38_143685_box_Incident_Summaries_101-172
Agency: Department of War
Page 143
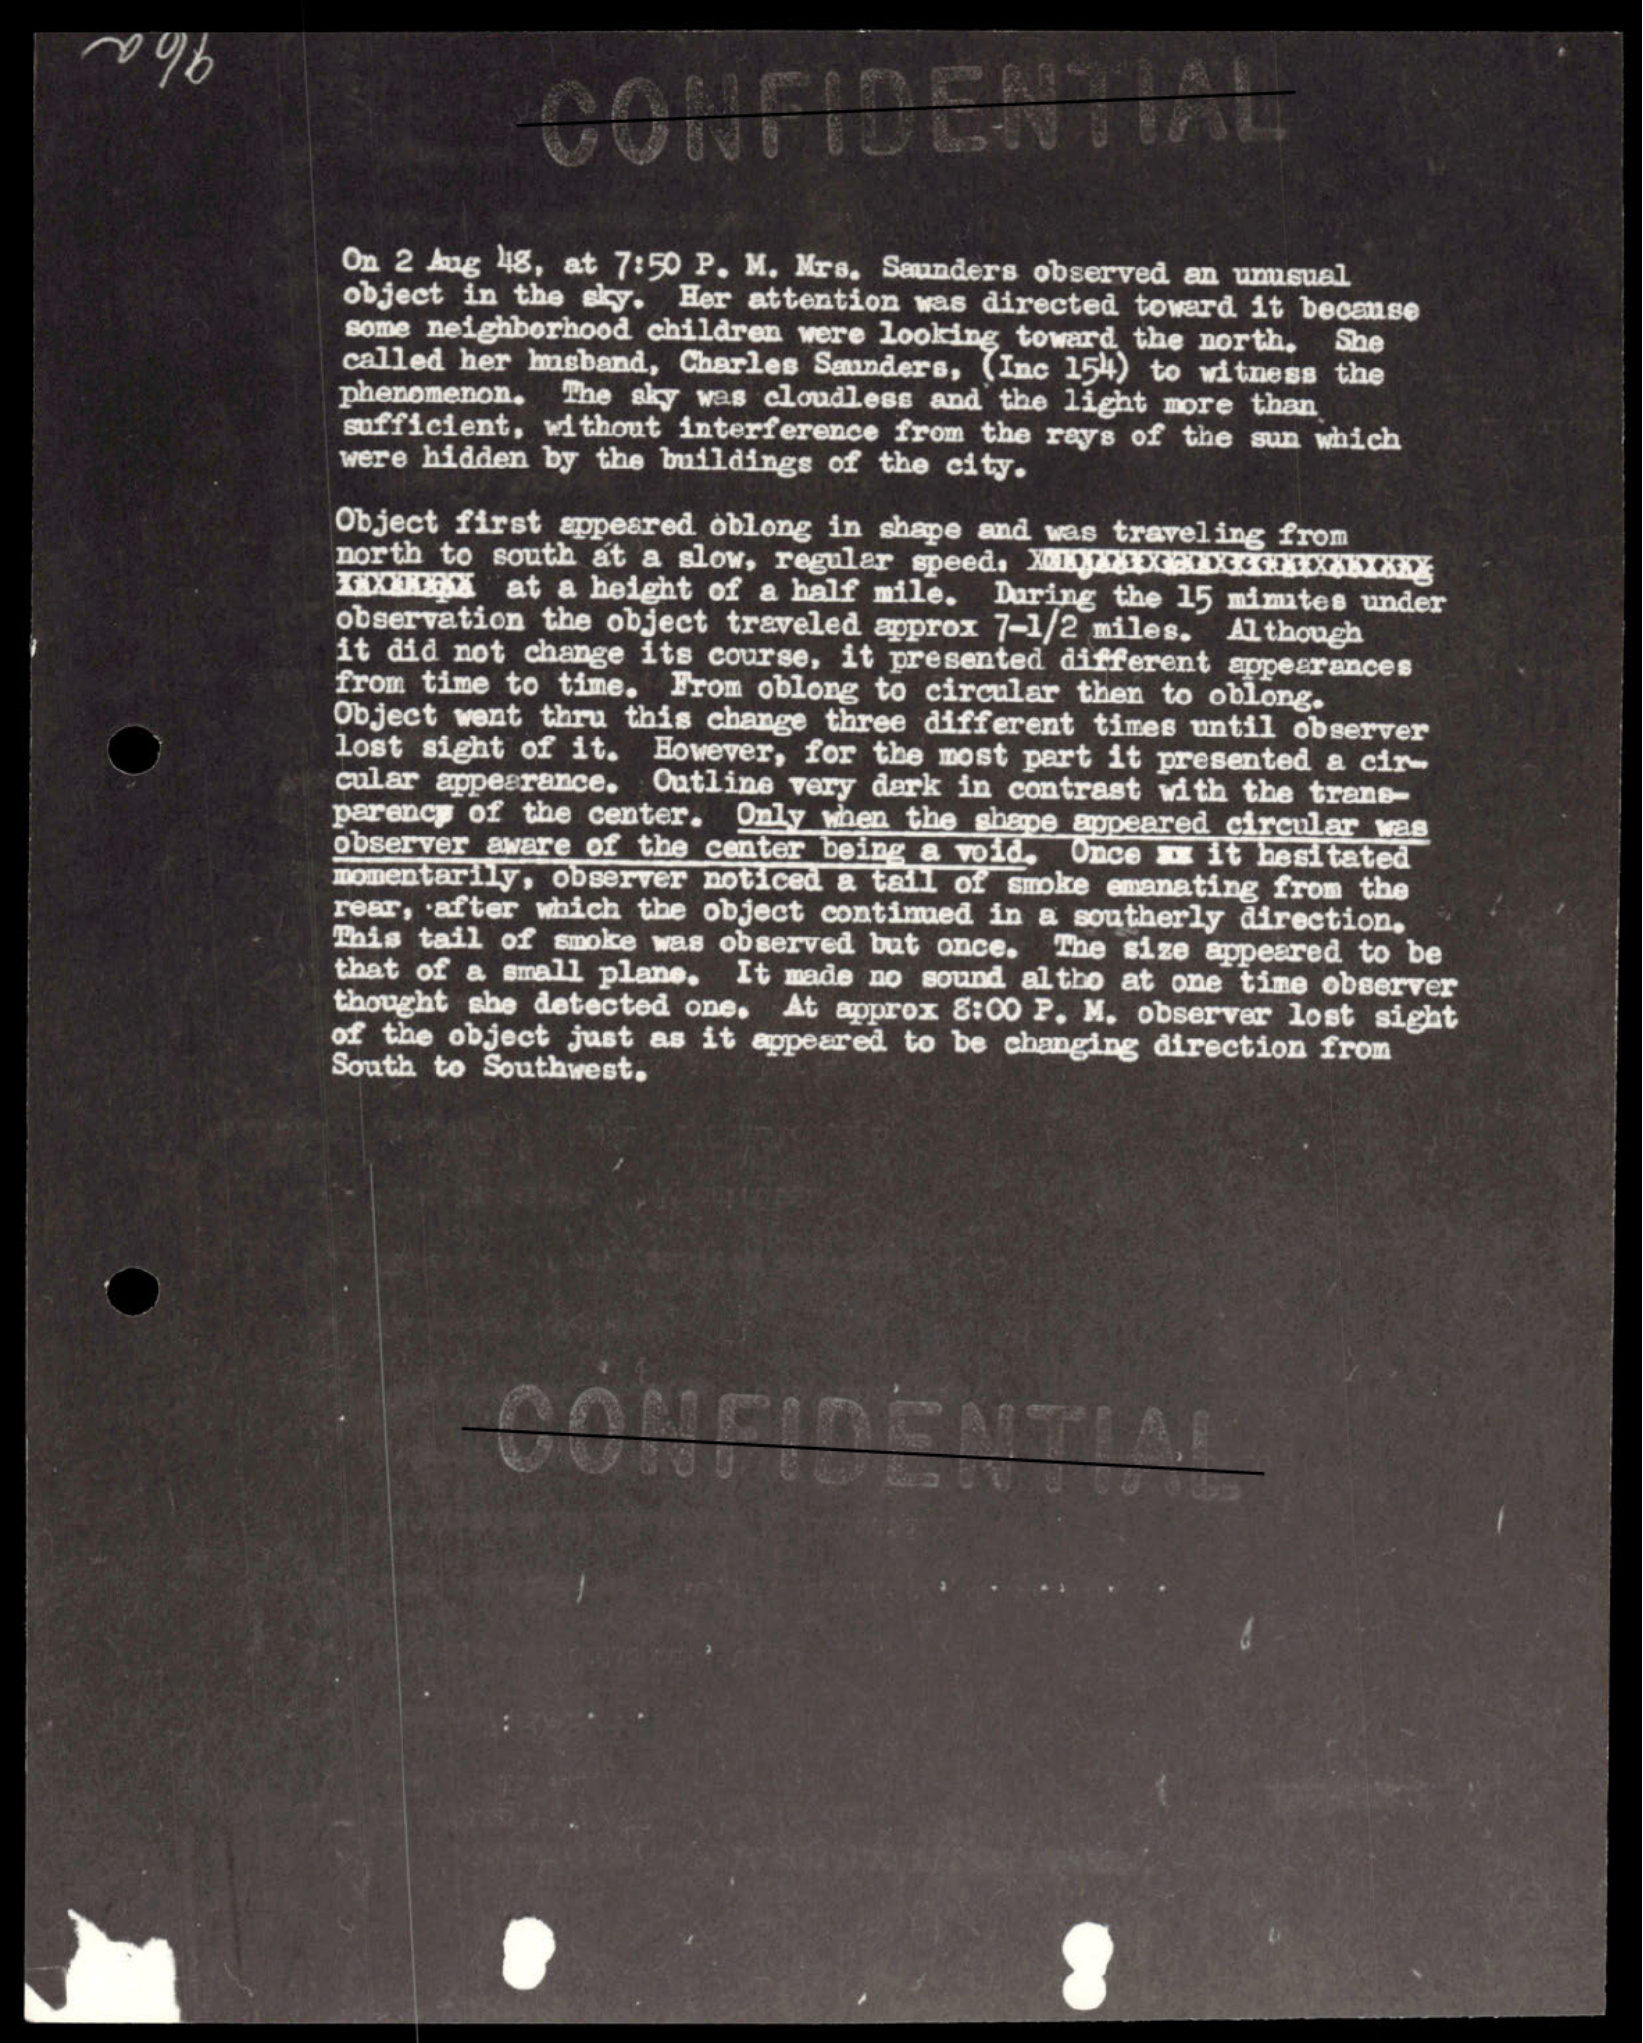